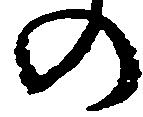
の